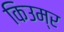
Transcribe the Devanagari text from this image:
किउम्र